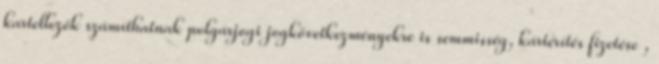
kartellezők számíthatnak polgárjogi jogkövetkezményekre is semmisség, kártérítés fizetése ,